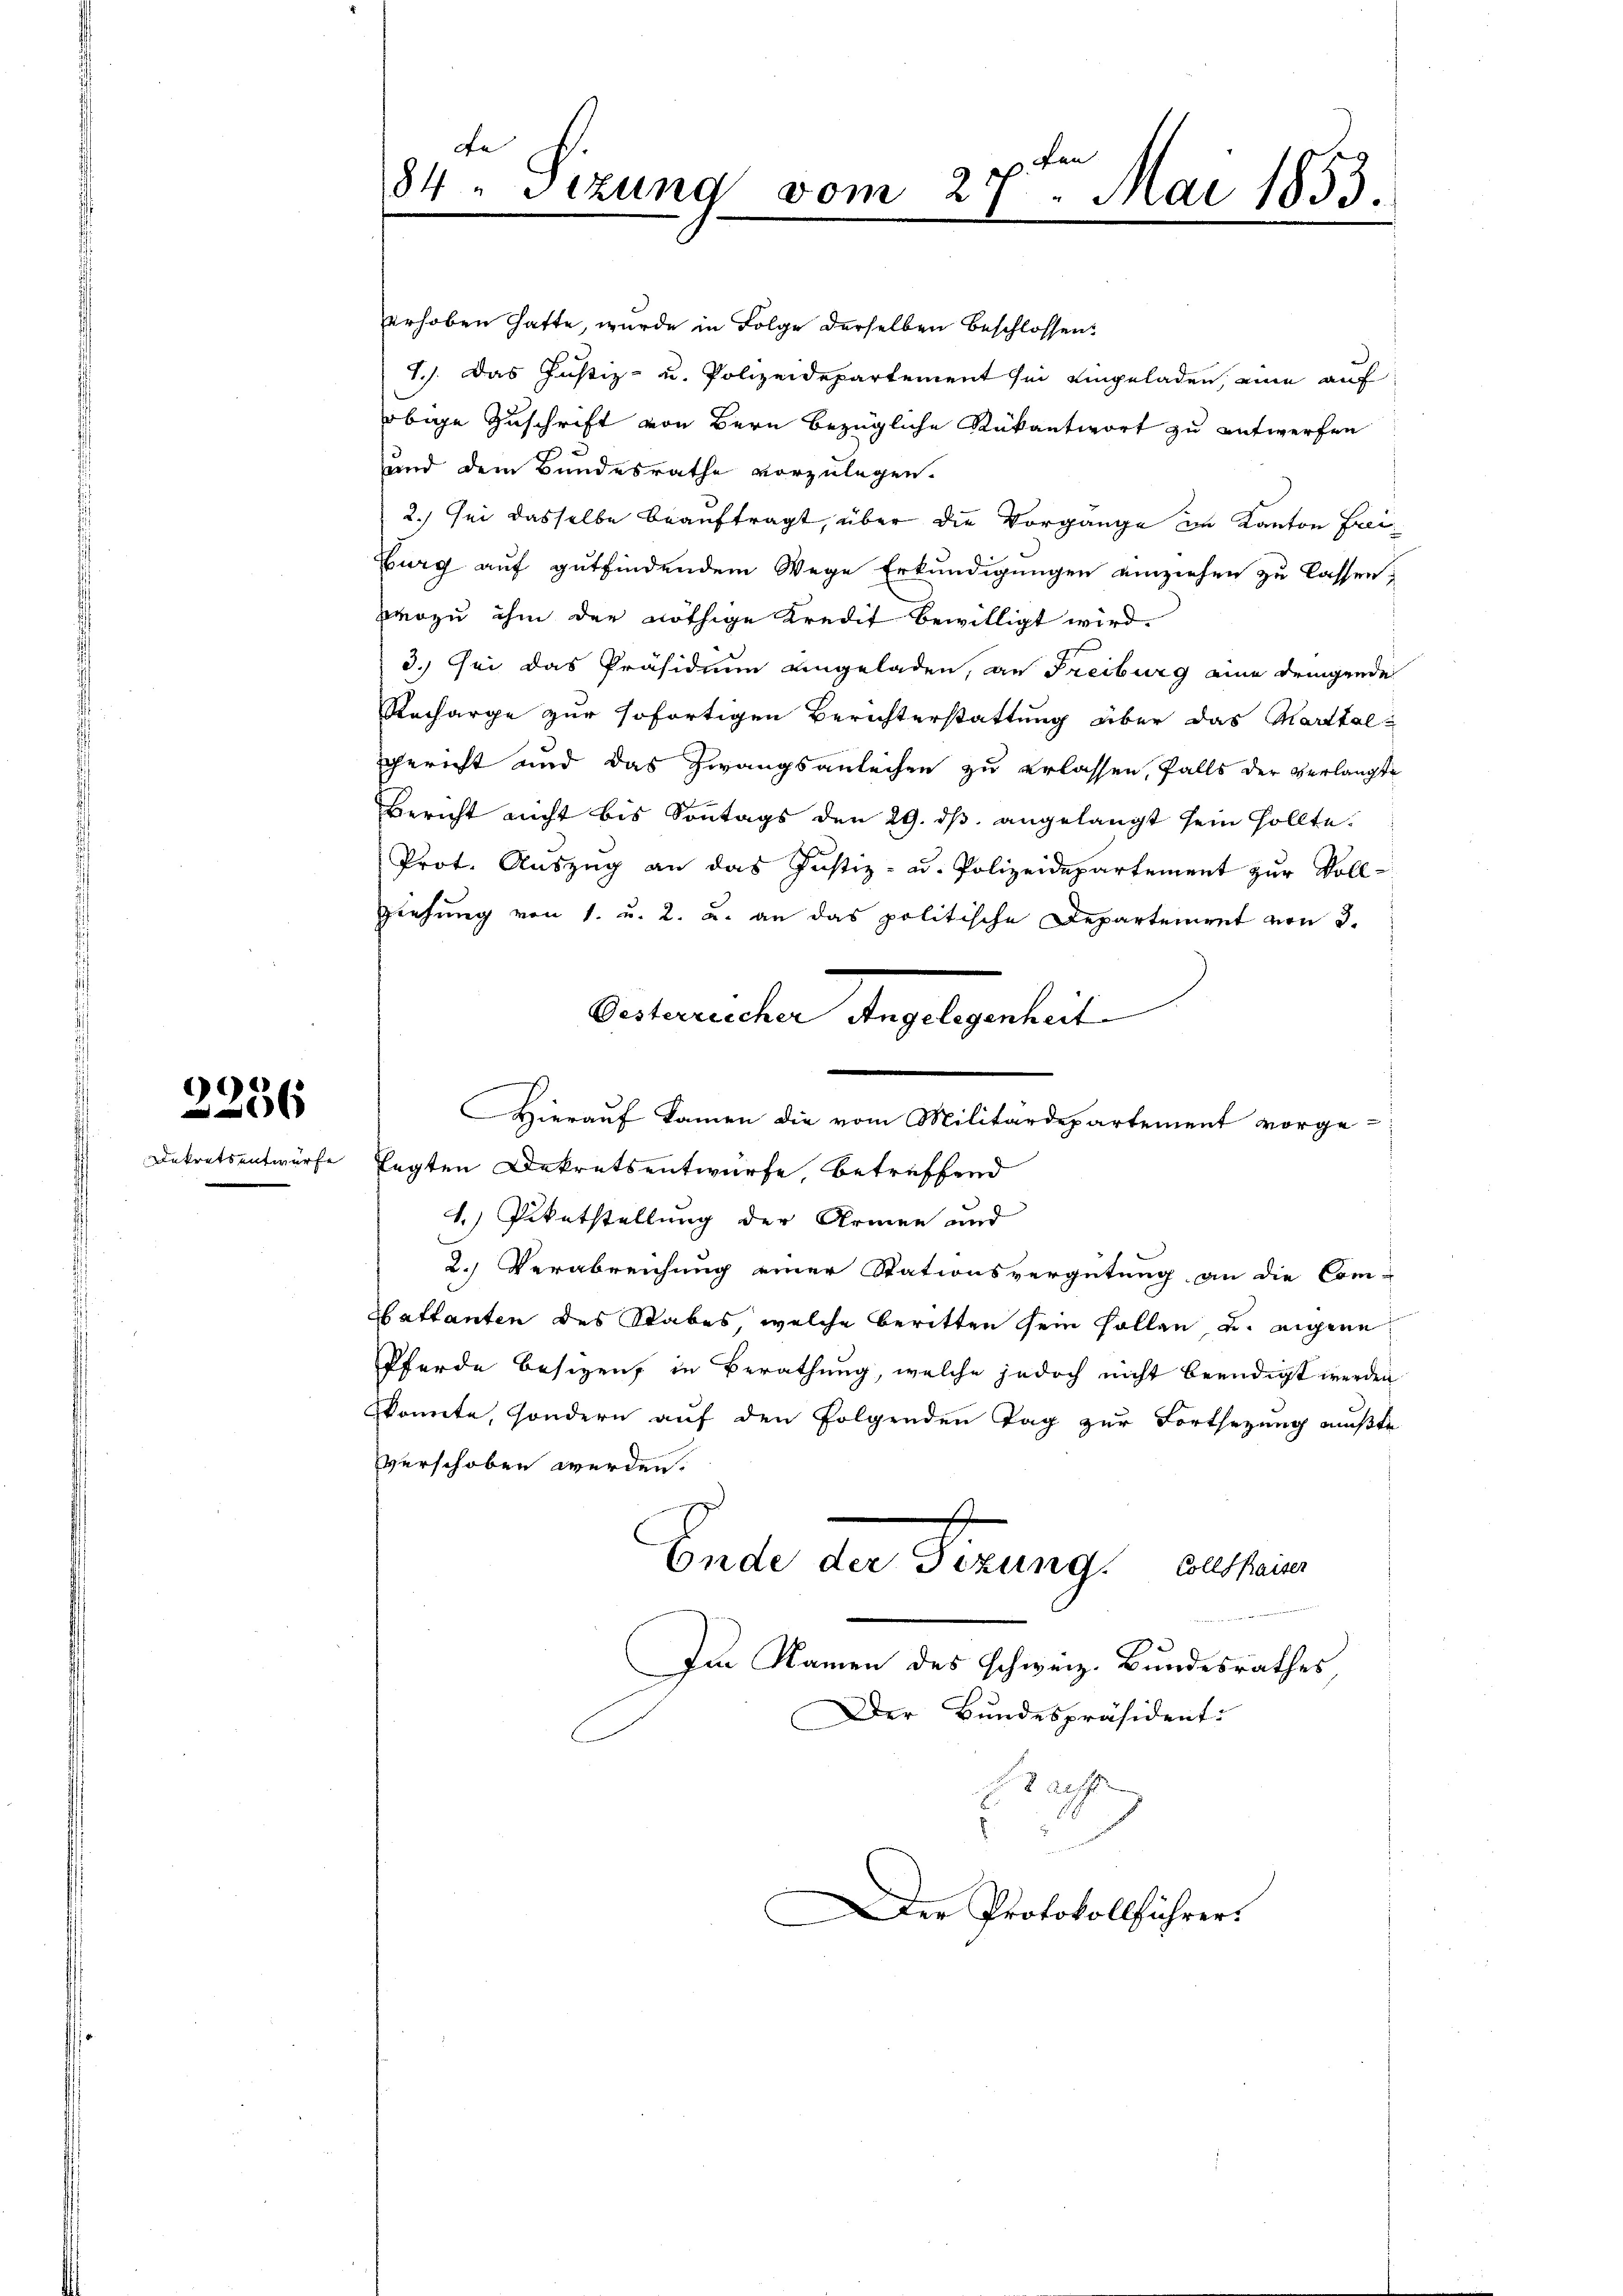
2236

Dekrets entwurfe

erhoben hatte, wurde in Folge derselben beschlossen:
1.). Das Justiz- u. Polizeidepartement sei eingeladen, eine auf
obige Zuschrift von Bern bezügliche Rükantwort zu entwerfen
und dem Bundesrathe vorzulegen.
2.) Sei dasselbe beauftragt, über die Vorgange im Kanton Frei-
Burg auf gutfindendem Wege Erkundigungen einziehen zu lassen.
pwozu ihm der nöthige Kredit bewilligt wird.
3.) Sei das Präsidium eingeladen, an Freiburg eine dringende
Recharge zur sofortigen Berichterstattung über das Marthalgericht und das Zwangsanleihen zu erlassen, falls der verlangte
Bericht nicht bis Sontags den 29. dβ angelangt sein sollte.
Prot. Auszug an das Justiz- u. Polizeidepartement zur Voll¬
Ziehung von 1. u. 2. u. an das politische Departement von 3.
Hierauf kamen die vom Militärdepartement vorge-
legten Dekretsentwurfe betreffend
1.) Peentstellung der Armen und
2. Verabreichung einer Stationsvergütung an die Com-
Battanten des Stabes, welche beritten sein sollen u. eigene
Pferde besizen, in Berathung, welche jedoch nicht beendigt werden
konnte, sondern auf den folgenden Tag zur Fortsetzung mußte
verschoben werden.
Ende der Perung. Gutsein
Im Namen des Schweiz. Bundesrathes
Der Bundespräsident:
aes

Fe
ph. Lan
84. Sizung vom 27. Mai 1853.

Ontwandten Angelegenheit.

Der Protokollführers